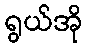
ရွယ်အို